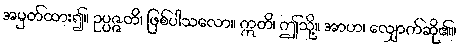
အမှတ်ထား၍။ ဥပ္ပဇ္ဇတိ၊ ဖြစ်ပါသလော။ ဣတိ၊ ဤသို့။ အာဟ၊ လျှောက်ဆို၏။